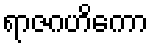
ရာဇဂဟိကော